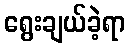
ရွေးချယ်ခဲ့ရာ